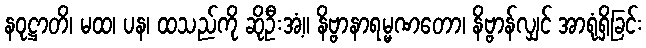
နဝုဋ္ဌာတိ၊ မထ၊ ပန၊ ထသည်ကို ဆိုဦးအံ့။ နိဗ္ဗာနာရမ္မဏတော၊ နိဗ္ဗာန်လျှင် အာရုံရှိခြင်း